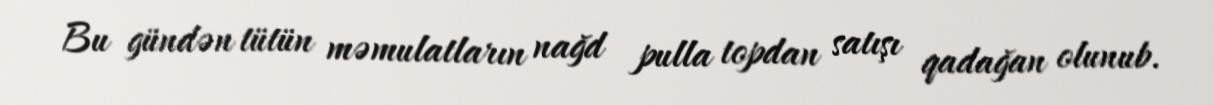
Bu gündən tütün məmulatların nağd pulla topdan satışı qadağan olunub.